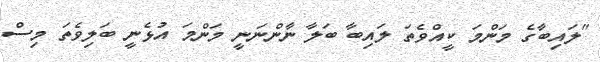
"ލައިބާގެ މަންމަ ކީއްވެތަ ލައިބާ ބަލާ ނާންނަނީ މަންމަ އުޅެނީ ބަލިވެތަ މިސް